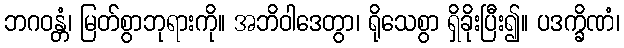
ဘဂဝန္တံ၊ မြတ်စွာဘုရားကို။ အဘိဝါဒေတွာ၊ ရိုသေစွာ ရှိခိုးပြီး၍။ ပဒက္ခိဏံ၊